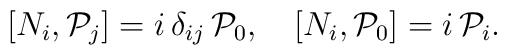
\left[N_{i}, {\cal P}_{j}\right] = i\, \delta_{ij}\, {\cal P}_0  ,\quad \left[N_{i}, {\cal P}_{0}\right] = i\,   {\cal P}_i.